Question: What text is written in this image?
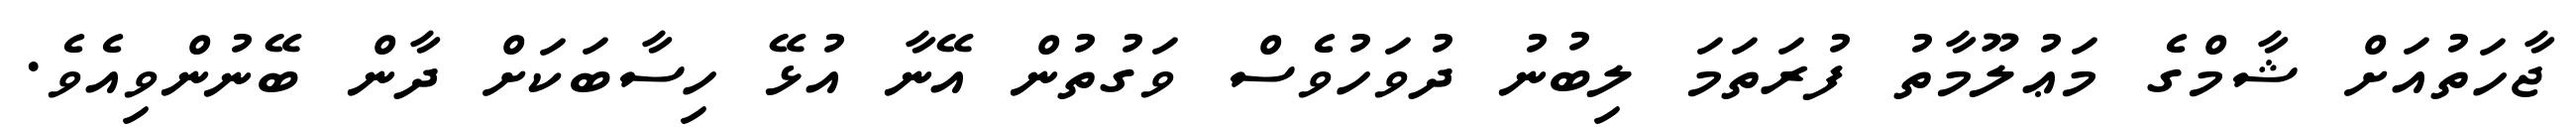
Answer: ޖާހަތުއަށް ޝާމްގެ މަޢުލޫމާތު ފުރަތަމަ ލިބުނު ދުވަހުވެސް ވަގުތުން އޭނާ އުޅޭ ހިސާބަކަށް ދާން ބޭނުންވިއެވެ.